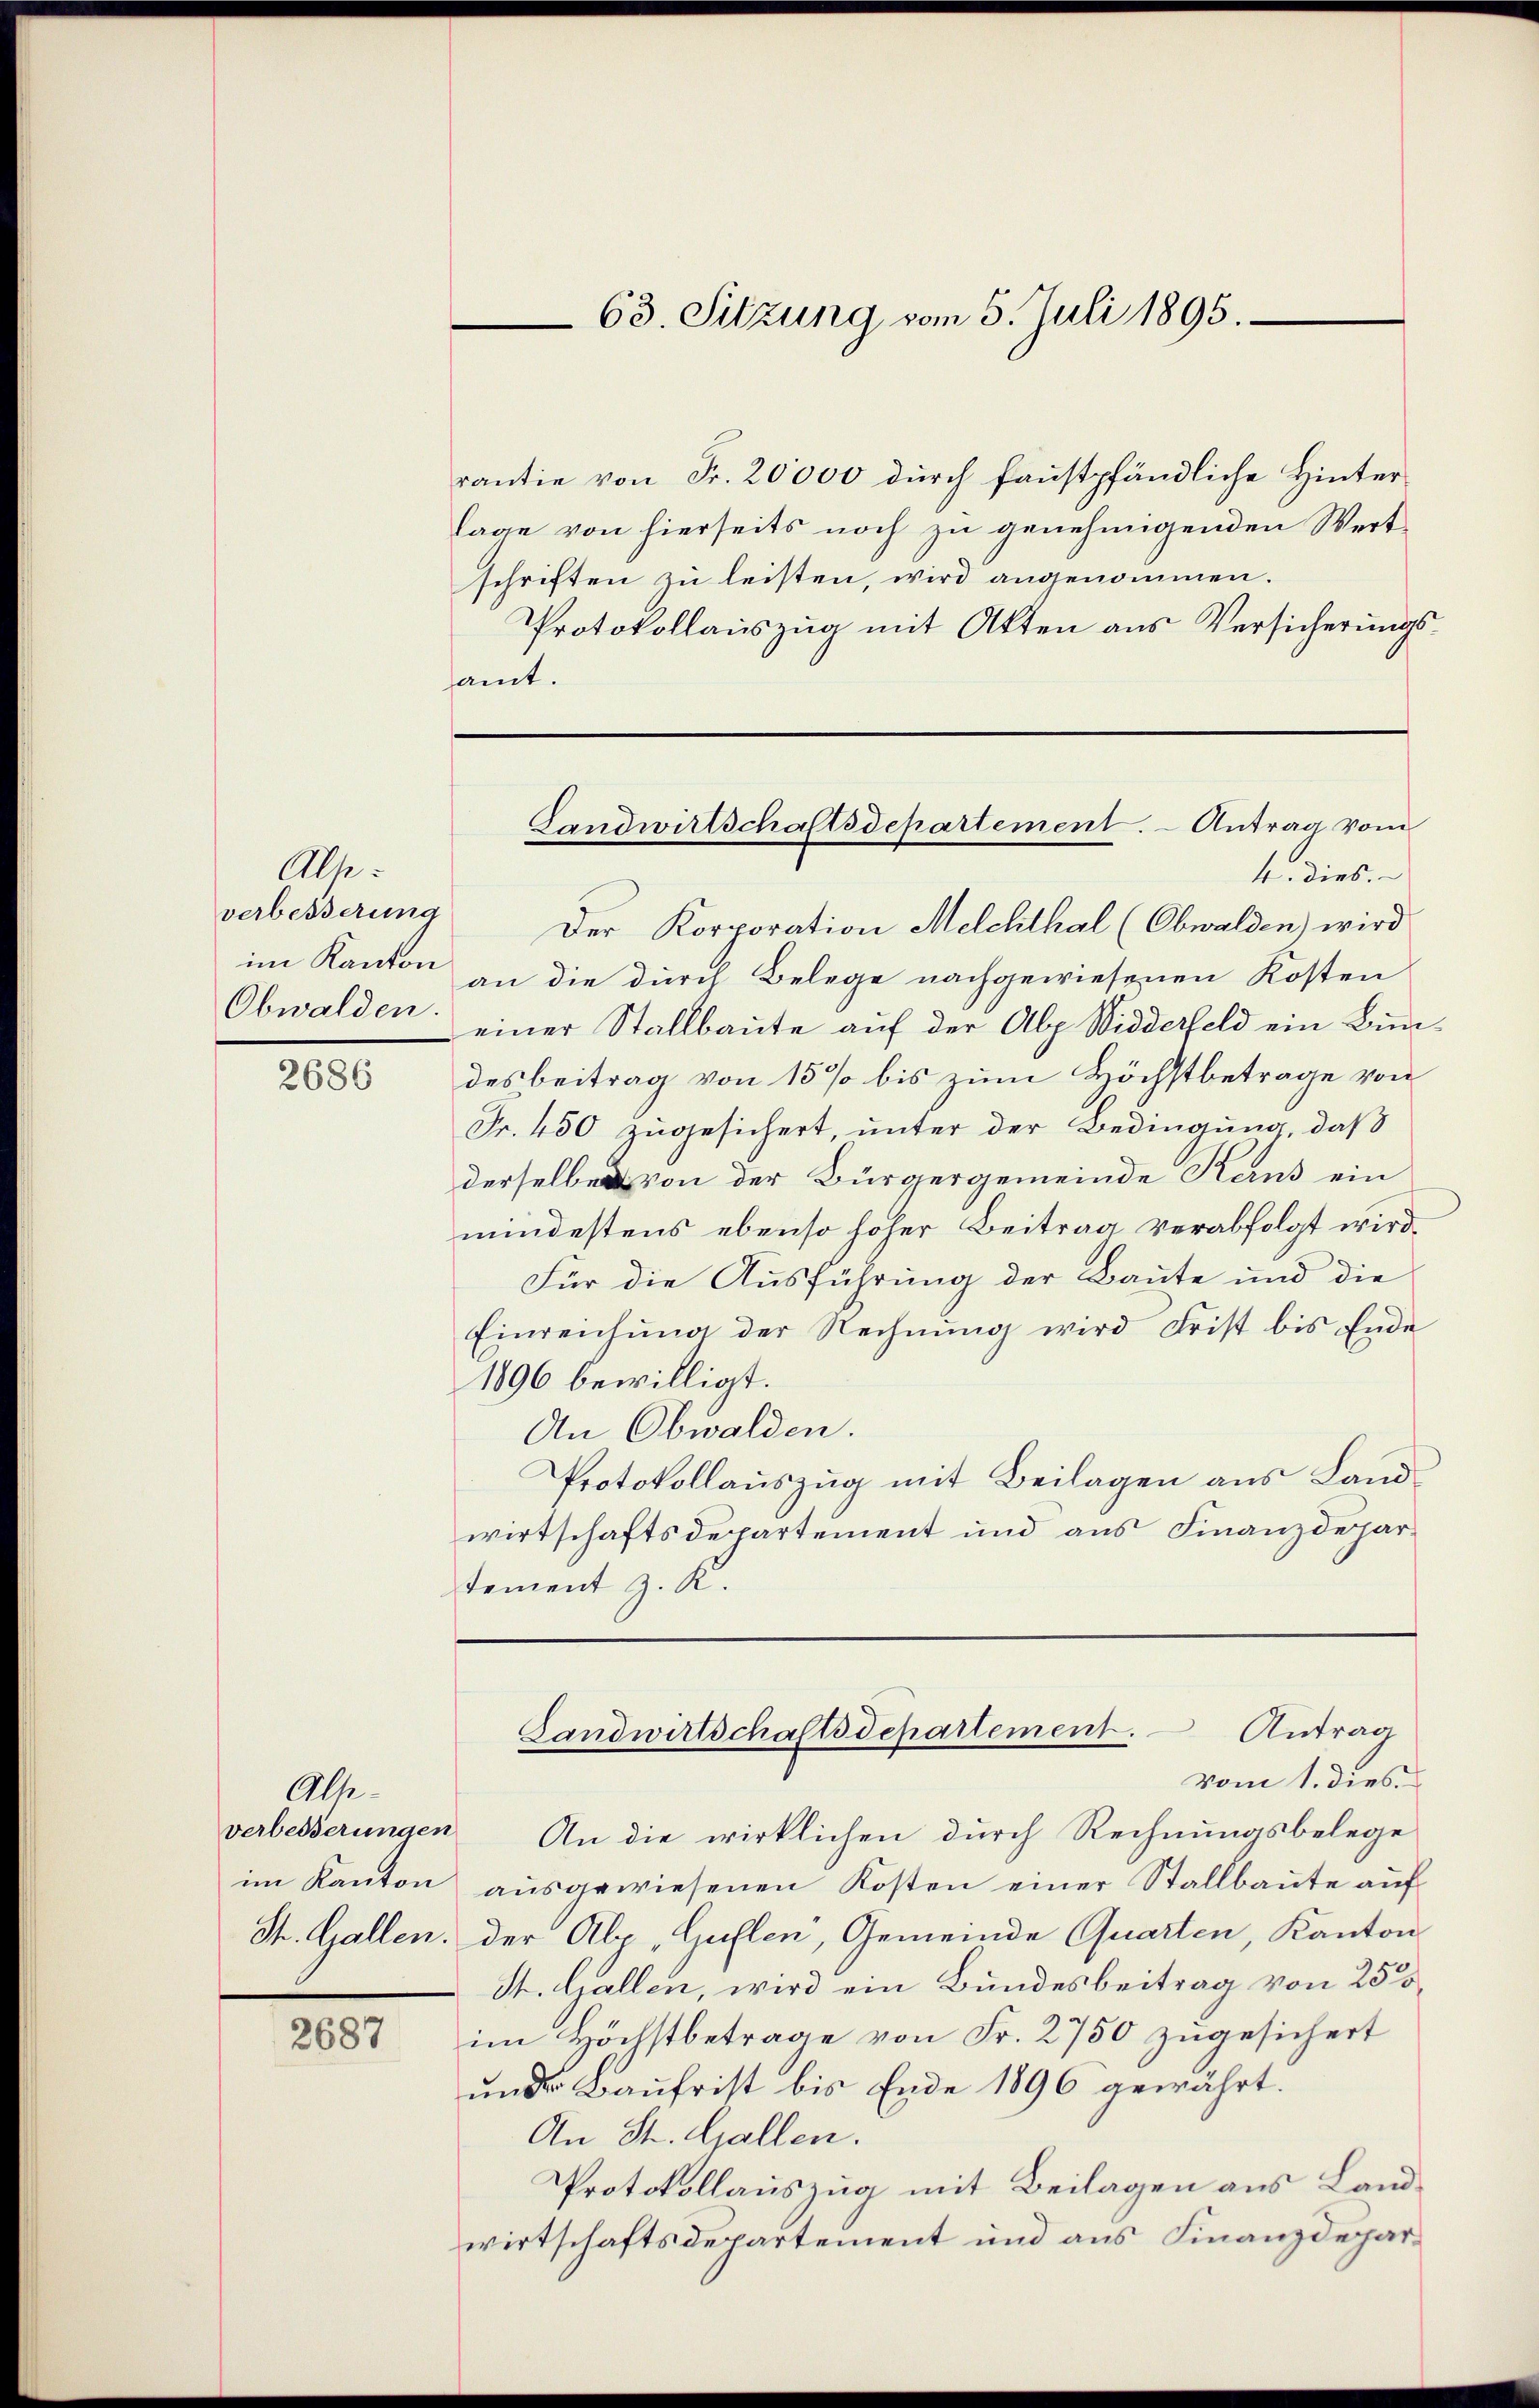
verbesserung
im Kanton
Obwalden.

Alse

2686

verbesserungen

Alle

2687

rantie von Fr. 20000 durch faustpfändliche Hinter
lage von hierseits noch zu genehmigenden Wertschriften zu leisten, wird angenommen.
Protokollauszug mit Akten aus Versicherungsamt.
4. dies
Der Korporation Melchthal (Obwalden) wird
an die durch Belege nachgewiesenen Kosten
einer Stallbaute aŭf der Alp Widderfeld ein Bim-
desbeitrag von 15 % bis zum Höchstbetrage von
Fr. 450 zugesichert, unter der Bedingung, daß
derselben von der Bürgergemeinde Karns ein
mindestens ebenso hoher Beitrag verabfolgt wird.
Für die Ausführung der Baute und die
Einreichung der Rechnung wird Frist bis Ende
1896 bewilligt.
An Obwalden.
Protokollauszug mit Beilagen aus Landwirtschaftsdepartement und aus Finanzdeparstement z. K.
Antrag
Landwirtschaftsdepartement.
vom 1. dies
An die wirklichen durch Rechnungsbelege
im Kanton ausgewiesenen Kosten einer Stallbaute auf
St. Gallen, der Alp Guflen, Gemeinde Quarten, Kanton
St. Gallen, wird ein Bundesbeitrag von 250
im Höchstbetrage von Fr. 2750 zugesichert
und Baufrist bis Ende 1896 gewährt.
An St. Gallen.
Protokollauszug mit Beilagen aus Landwirtschaftsdepartement und aus Finanzdepar¬

63. Sitzung vom 5. Juli 1895.

Gandwirtschaftsdepartement. - Antrag vom